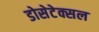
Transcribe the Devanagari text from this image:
डोसेटेक्सल